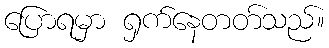
ပြောရမှာ ရှက်နေတတ်သည်။